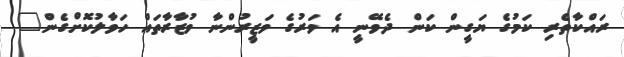
ރައްކާތެރި ކަމުގެ ޔަގީން ކަން ދެވޭނީ އެ ވަރުގެ ވަޒީރުންނާ ވުޒާރާތައް ހަވާލުކޮށްގެން"